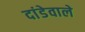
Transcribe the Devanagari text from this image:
दांडेवाले